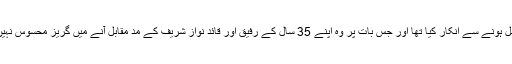
تاہم جن حالات میں چوہدری نثار علی خان نے حکومت میں شامل ہونے سے انکار کیا تھا اور جس بات پر وہ اپنے 35 سال کے رفیق اور قائد نواز شریف کے مد مقابل آنے میں گریز محسوس نہیں کر رہے، ان کا حالیہ غصہ بھی اسی موضوع سے متعلق ہے۔